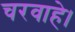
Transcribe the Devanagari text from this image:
चरवाहे।